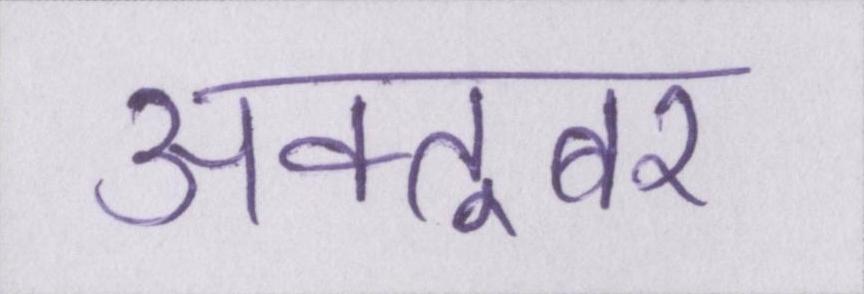
अक्तूबर